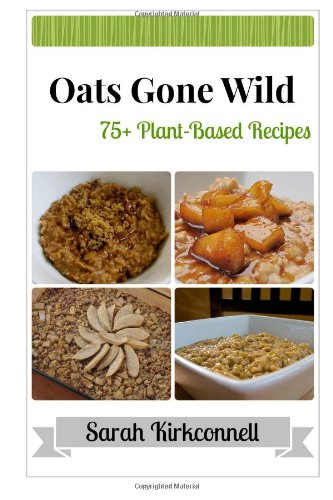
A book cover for Oats Gone Wild; Sarah Kirkconnell; Cookbooks, Food & Wine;